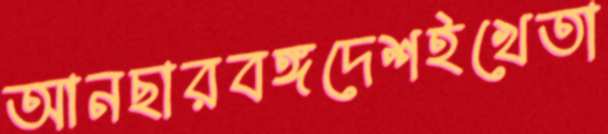
আনছারবঙ্গদেশইখেতা